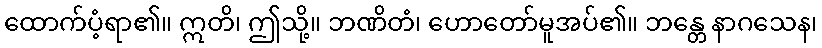
ထောက်ပံ့ရာ၏။ ဣတိ၊ ဤသို့။ ဘဏိတံ၊ ဟောတော်မူအပ်၏။ ဘန္တေ နာဂသေန၊